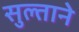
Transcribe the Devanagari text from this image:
सुल्ताने